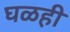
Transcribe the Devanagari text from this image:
घळही